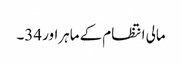
مالی انتظام کے ماہراور 34۔